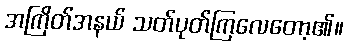
အကြိတ်အနယ် သတ်ပုတ်ကြလေတော့၏။